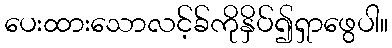
ပေးထားသောလင့်ခ်ကိုနှိပ်၍ရှာဖွေပါ။